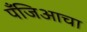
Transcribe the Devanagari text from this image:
पँजिआचा